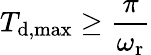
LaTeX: T_{\mathrm{d,max}}\geq\frac{\pi}{\omega_{\mathrm{r}}}